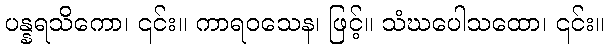
ပန္နရသိကော၊ ၎င်း။ ကာရဝသေန၊ ဖြင့်။ သံဃပေါသထော၊ ၎င်း။